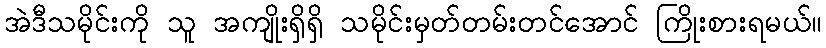
အဲဒီသမိုင်းကို သူ အကျိုးရှိရှိ သမိုင်းမှတ်တမ်းတင်အောင် ကြိုးစားရမယ်။